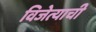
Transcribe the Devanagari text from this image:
विजेत्याची